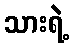
သားရဲ့